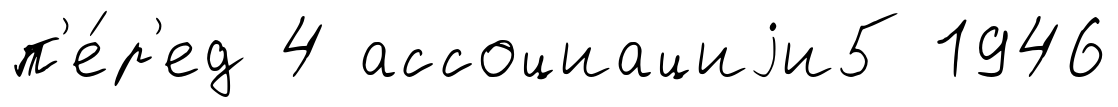
п'е́р'ед 4 ассоциациjи5 1946